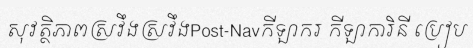
សុវត្ថិភាពស្រវឹងស្រវឹងPost-Navកីឡាករ កីឡាការិនី ប្រៀប